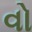
વો